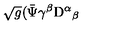
\sqrt { g } ( { \bar { \Psi } \gamma ^ { \beta } } \mathrm { D } ^ { \alpha } { } _ { \beta }